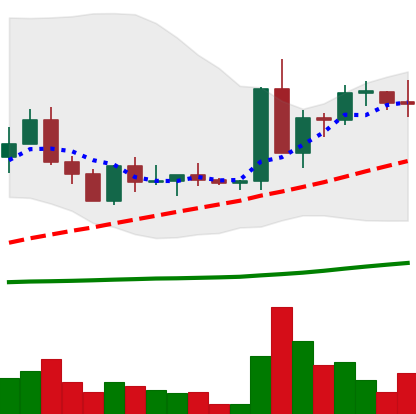
Ticker: ETC-USD
Chart end date: 2022-09-12
Forward return: -10.265%
Label: down_7plus